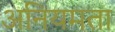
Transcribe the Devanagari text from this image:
अनियमता